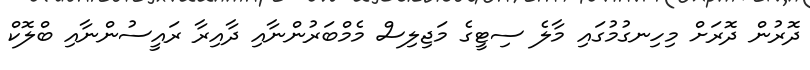
ދޮރުން ދޮރަށް މިހިނގުމުގައި މާލެ ސިޓީގެ މަޖިލިސް މެމްބަރުންނާއި ދާއިރާ ރައީސުންނާއި ބްލޮކް